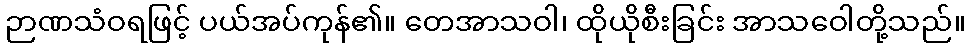
ဉာဏသံဝရဖြင့် ပယ်အပ်ကုန်၏။ တေအာသဝါ၊ ထိုယိုစီးခြင်း အာသဝေါတို့သည်။